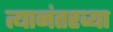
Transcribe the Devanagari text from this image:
त्यानंतरव्या